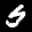
Label: 5